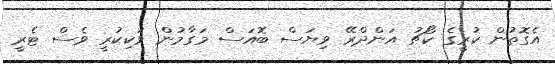
އެގޮތުން ކުރީގެ ކޯޗު އަންދްރޭ ވިޔަސް ބޮއަސް މަގާމުން ވަކިކުރީ ވެސް ޓެރީ